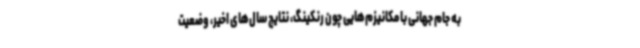
به جام جهانی با مکانیزم‌هایی چون رنکینگ، نتایج سال‌های اخیر، وضعیت